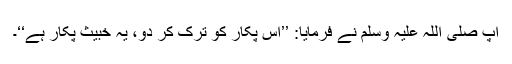
آپ صلی اللہ علیہ وسلم نے فرمایا: ’’اس پکار کو ترک کر دو، یہ خبیث پکار ہے‘‘۔